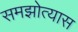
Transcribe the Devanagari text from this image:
समझोत्यास